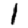
Digit: 1